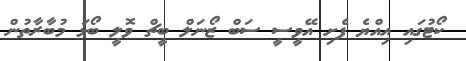
ކޯޓުގައި އިއްޔެ ފެށި އޭވީސީ ސަބް ޒޯނަލް ބީޗް ވޮލީ ބޯޅަ މުބާރާތުން